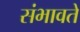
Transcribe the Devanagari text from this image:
संभावते